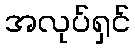
အလုပ်ရှင်